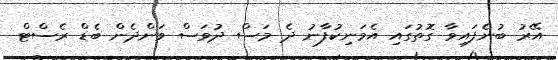
އޭރު ބުނެފައިވާ ގޮތުގައި އެމަނިކުފާނު ދެ މަސް ދުވަސް ވަންދެން ބެޑް ރެސްޓް